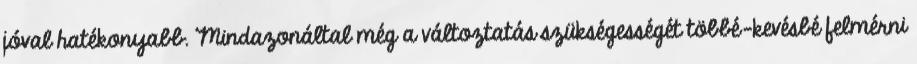
jóval hatékonyabb. Mindazonáltal még a változtatás szükségességét többé-kevésbé felmérni